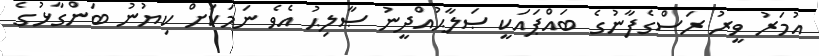
އުމަރު ވީރު ރަސްގެފާނުގެ ބައްޕައަކީ ޞަލާޙުއްދީނު ޞާލިޙު އެވެ ނަމަކަށް ކިޔުނު ބަންގާޅުގެ